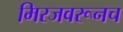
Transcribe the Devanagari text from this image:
मिरजवरूनच